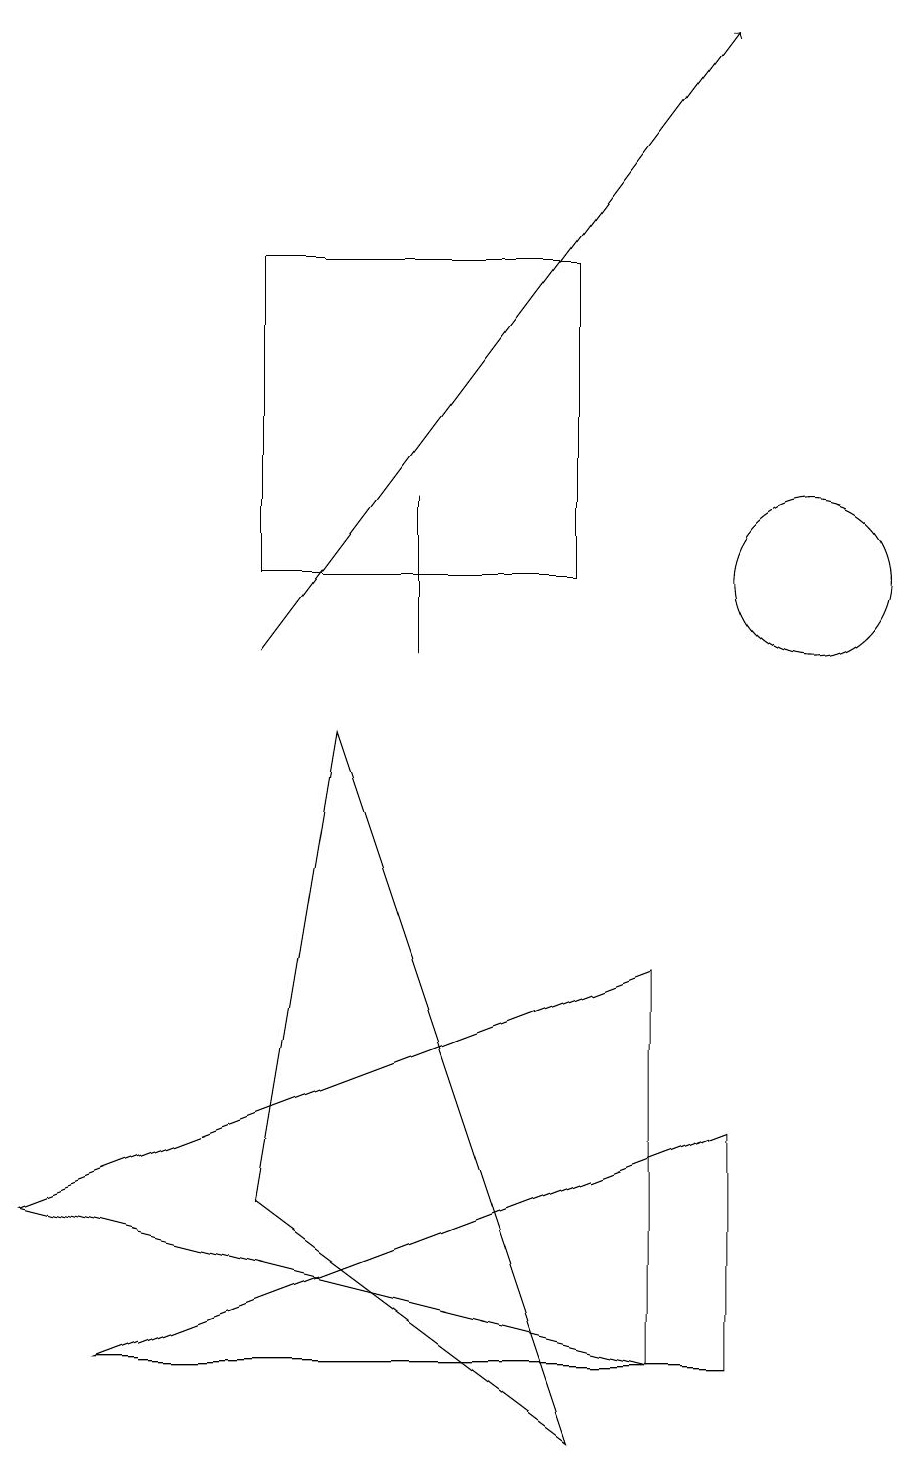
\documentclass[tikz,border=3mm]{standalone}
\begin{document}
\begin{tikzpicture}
\draw (0,3) -- (8,6) -- (8,1) -- cycle;
\draw (1,1) -- (9,1) -- (9,4) -- cycle;
\draw (7,15) rectangle (3,11);
\draw (7,0) -- (3,3) -- (4,9) -- cycle;
\draw[->] (3,10) -- (9,18);
\draw (10,11) circle (1);
\draw (5,10) rectangle (5,12);
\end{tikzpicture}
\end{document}